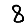
Digit: 8